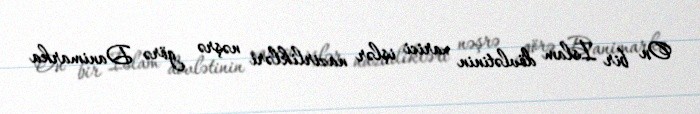
On bir İslam dövlətinin xarici işlər nazirlikləri nəşrə görə Danimarka